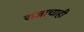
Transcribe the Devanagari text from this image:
राजाचाही